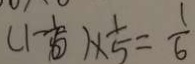
( 1 - \frac { 1 } { 6 } ) \times \frac { 1 } { 5 } = \frac { 1 } { 6 }